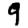
Digit: 9